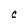
Character: c